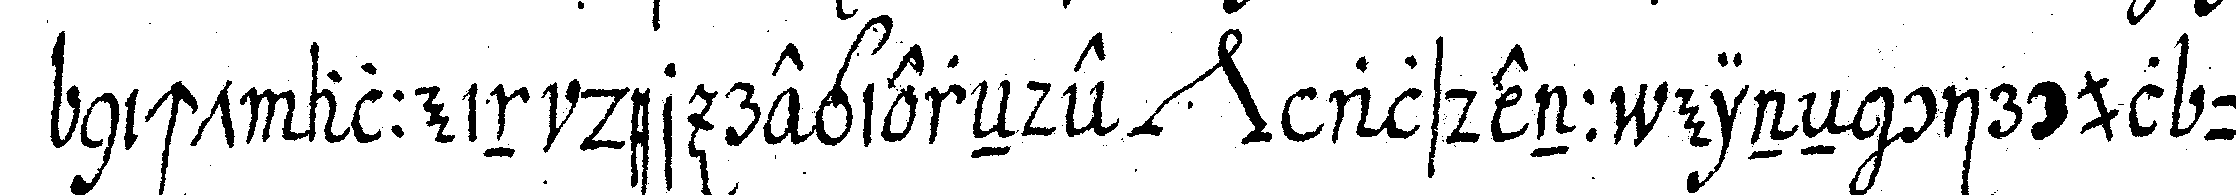
nicht allein der regiereNde *nee* alsdenn eineN circul um